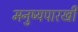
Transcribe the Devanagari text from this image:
मनुष्यपारखी